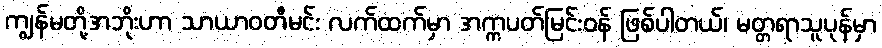
ကျွန်မတို့အဘိုးဟာ သာယာဝတီမင်း လက်ထက်မှာ အက္ကပတ်မြင်းဝန် ဖြစ်ပါတယ်၊ မတ္တရာသူပုန်မှာ